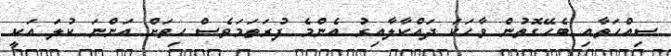
ސިއްހަތާއި ބެހޭގޮތުން ވާހަކަ ދައްކާލާއިރު އެންމެ ފުރަތަމަވެސް ހިތަށް އަންނަ ކުލަ އަކީ